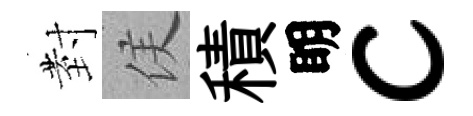
𭔹侯積眀c